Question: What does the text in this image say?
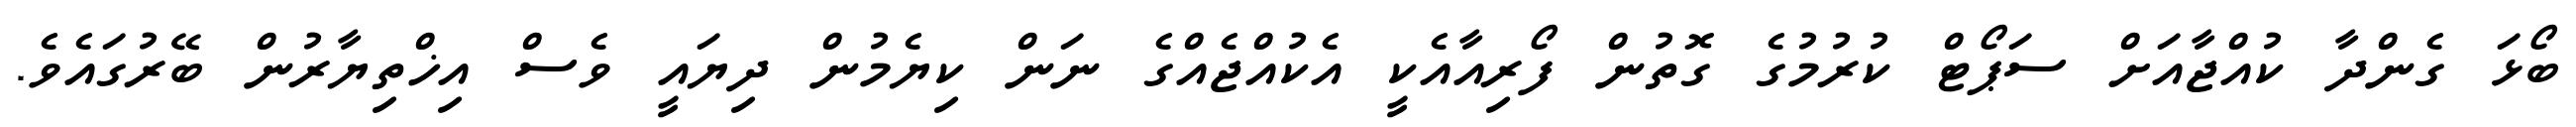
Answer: ބޯޅަ ގެންދާ ކުއްޖާއަށް ސަޕޯޓް ކުރުމުގެ ގޮތުން ފޯރިއާއެކީ އެކުއްޖެއްގެ ނަން ކިޔެމުން ދިޔައީ ވެސް އިޚްތިޔާރުން ބޭރުގައެވެ.